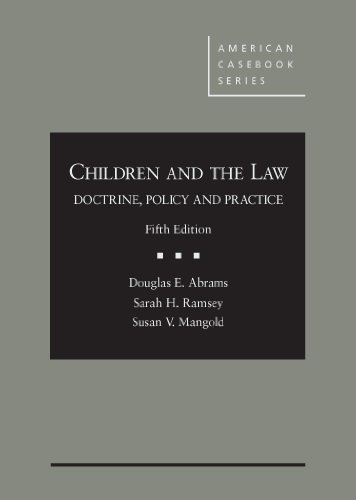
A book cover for Children and The Law: Doctrine, Policy and Practice, 5th (American Casebook Series); Douglas Abrams; Law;